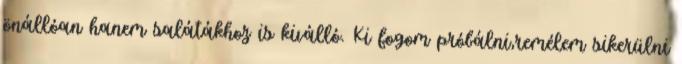
önállóan hanem salátákhoz is kiválló. Ki fogom próbálni,remélem sikerülni